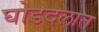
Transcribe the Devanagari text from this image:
घोडदलात